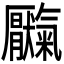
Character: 𫨥